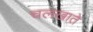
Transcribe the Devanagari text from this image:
चलखाते